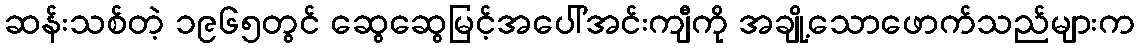
ဆန်းသစ်တဲ့ ၁၉၆၅တွင် ဆွေဆွေမြင့်အပေါ်အင်းကျီကို အချို့သောဖောက်သည်များက